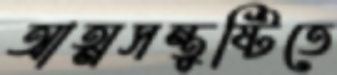
আত্মসন্তুষ্টিতে